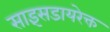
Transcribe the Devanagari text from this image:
साइंसडायरेक्त